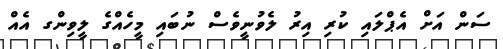
ސަން އަށް އެޕްލައި ކުރި އިރު ލެވުނީވެސް ނުބައި މީހެއްގެ ލީވިންގ އެއް